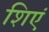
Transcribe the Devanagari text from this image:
शिएं